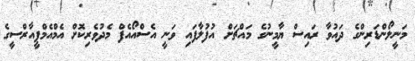
މަނީލޯންޑަރިންގެ ދައުވާ ރައިސް ޔާމީނުގެ މައްޗަށް އުފުލާފައި ވަނީ އެސްއޯއެފް މެދުވެރިކޮށް އެމްއެމްޕީއާރްސީގެ